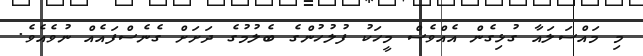
މި މައްސަލައާ ގުޅިގެން އެއްވެސް މީހަކު ފުލުހުންގެ ބެލުމުގެ ދަށަށް ގެނެސްފައެއް ނުވެއެވެ.